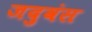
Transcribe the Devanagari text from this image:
जदुवंस